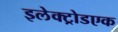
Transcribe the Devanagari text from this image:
इलेक्ट्रोडएक